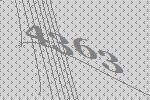
4363